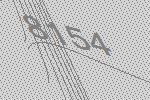
8154